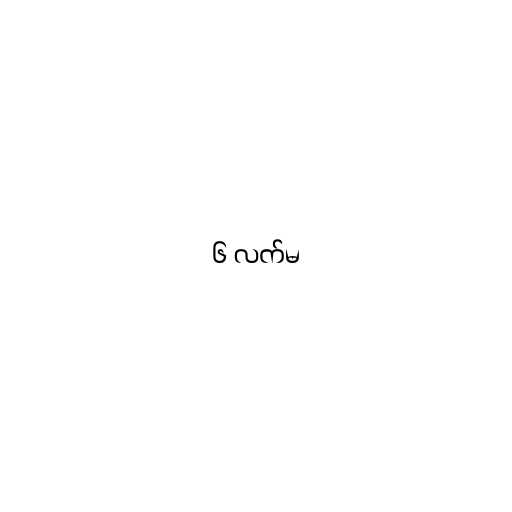
၆ လက်မ